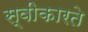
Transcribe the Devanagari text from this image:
स्‍वीकारते